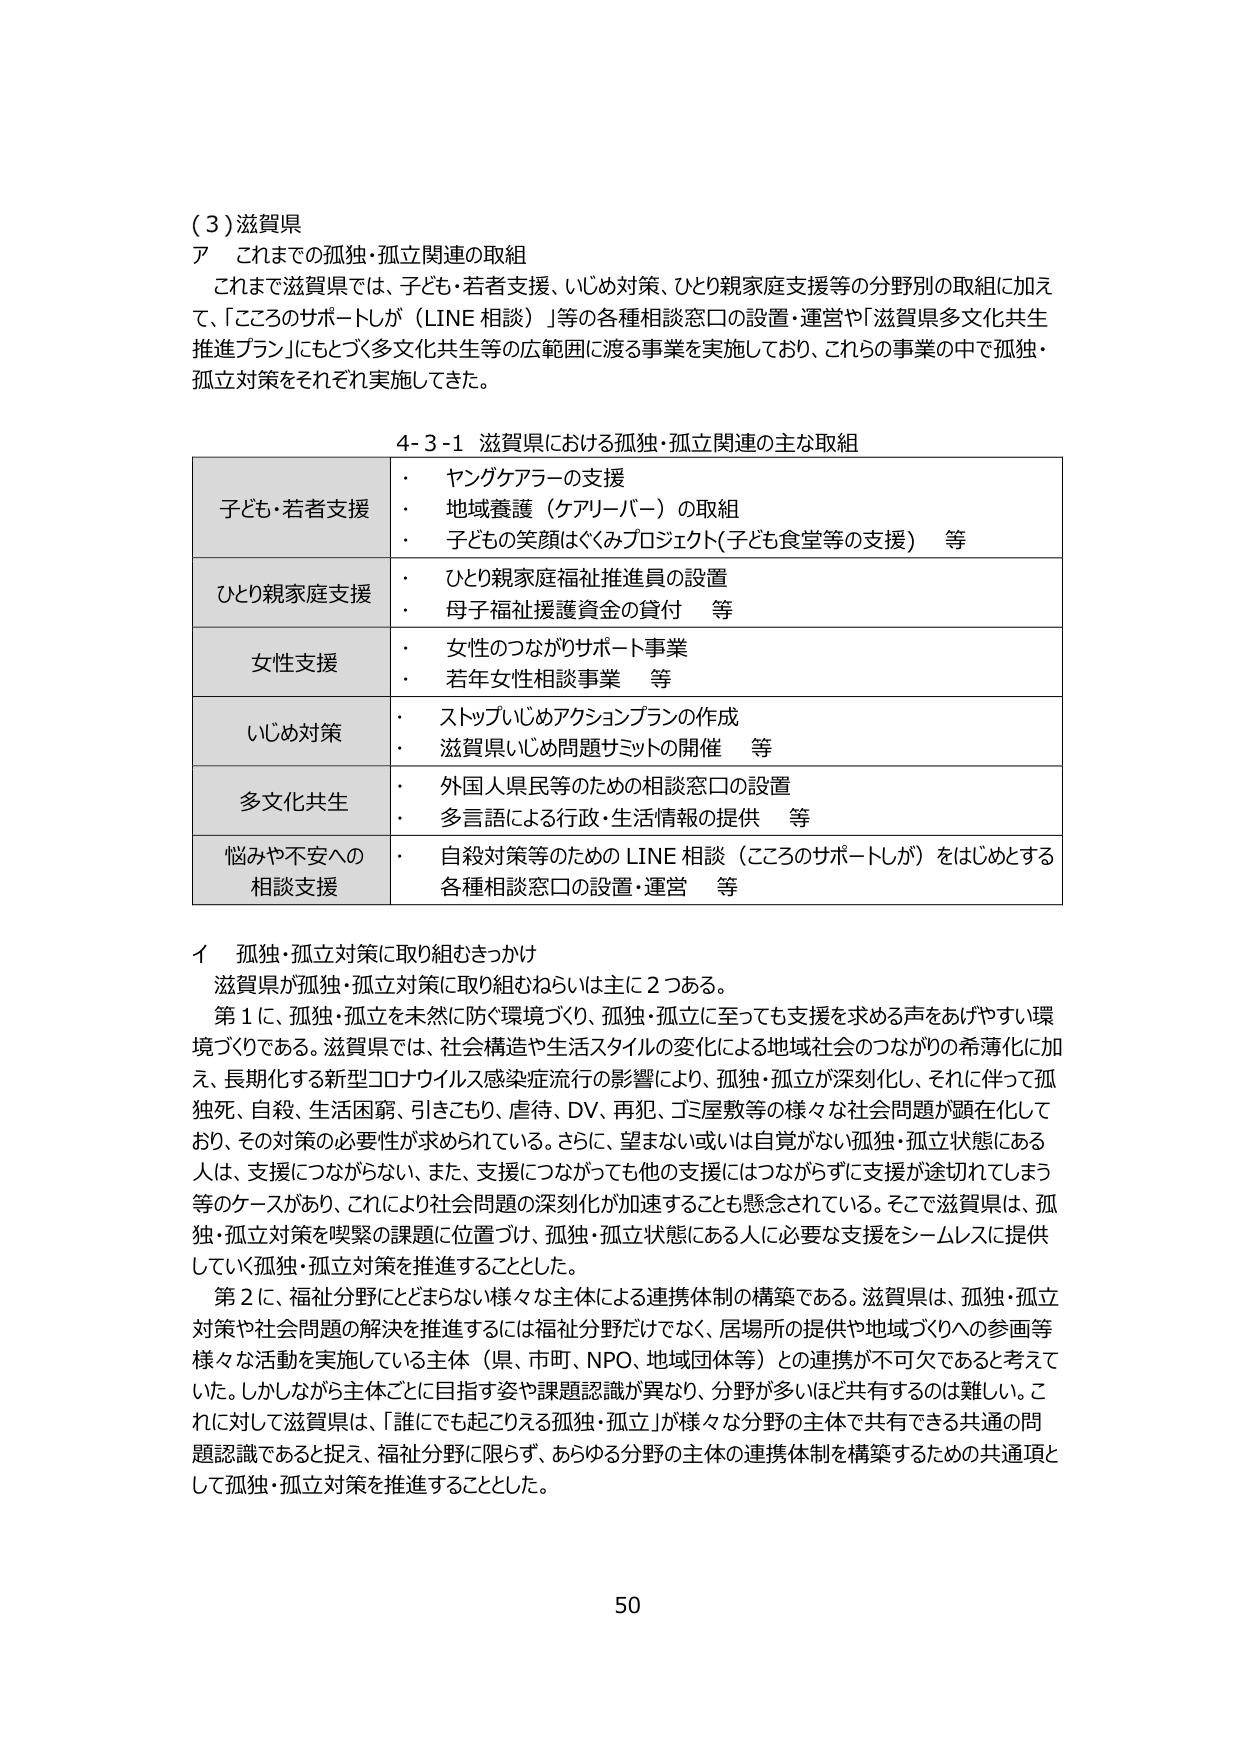
(3) 滋賀県
ア これまでの孤独・孤立関連の取組
　これまで滋賀県では、子ども・若者支援、いじめ対策、ひとり親家庭支援等の分野別の取組に加えて、「こころのサポートしが（LINE 相談）」等の各種相談窓口の設置・運営や「滋賀県多文化共生推進プラン」にもとづく多文化共生等の広範囲に渡る事業を実施しており、これらの事業の中で孤独・孤立対策をそれぞれ実施してきた。

4-3-1 滋賀県における孤独・孤立関連の主な取組

| 子ども・若者支援 | ・ ヤングケアラーの支援
・ 地域養護（ケアリーバー）の取組
・ 子どもの笑顔はぐくみプロジェクト（子ども食堂等の支援） 等 |
| ひとり親家庭支援 | ・ ひとり親家庭福祉推進員の設置
・ 母子福祉援護資金の貸付 等 |
| 女性支援 | ・ 女性のつながりサポート事業
・ 若年女性相談事業 等 |
| いじめ対策 | ・ ストップいじめアクションプランの作成
・ 滋賀県いじめ問題サミットの開催 等 |
| 多文化共生 | ・ 外国人県民等のための相談窓口の設置
・ 多言語による行政・生活情報の提供 等 |
| 悩みや不安への相談支援 | ・ 自殺対策等のための LINE 相談（こころのサポートしが）をはじめとする各種相談窓口の設置・運営 等 |

イ 孤独・孤立対策に取り組むきっかけ
　滋賀県が孤独・孤立対策に取り組むねらいは主に２つある。
　第１に、孤独・孤立を未然に防ぐ環境づくり、孤独・孤立に至っても支援を求める声をあげやすい環境づくりである。滋賀県では、社会構造や生活スタイルの変化による地域社会のつながりの希薄化に加え、長期化する新型コロナウイルス感染症流行の影響により、孤独・孤立が深刻化し、それに伴って孤独死、自殺、生活困窮、引きこもり、虐待、DV、再犯、ゴミ屋敷等の様々な社会問題が顕在化しており、その対策の必要性が求められている。さらに、望まない或いは自覚がない孤独・孤立状態にある人は、支援につながらない、また、支援につながっても他の支援にはつながらずに支援が途切れてしまう等のケースがあり、これにより社会問題の深刻化が加速することも懸念されている。そこで滋賀県は、孤独・孤立対策を喫緊の課題に位置づけ、孤独・孤立状態にある人に必要な支援をシームレスに提供していく孤独・孤立対策を推進することとした。
　第２に、福祉分野にとどまらない様々な主体による連携体制の構築である。滋賀県は、孤独・孤立対策や社会問題の解決を推進するには福祉分野だけでなく、居場所の提供や地域づくりへの参画等様々な活動を実施している主体（県、市町、NPO、地域団体等）との連携が不可欠であると考えていた。しかしながら主体ごとに目指す姿や課題認識が異なり、分野が多いほど共有するのは難しい。これに対して滋賀県は、「誰にでも起こりえる孤独・孤立」が様々な分野の主体で共有できる共通の問題認識であると捉え、福祉分野に限らず、あらゆる分野の主体の連携体制を構築するための共通項として孤独・孤立対策を推進することとした。

50